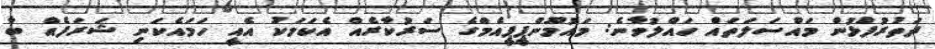
ދަތުރުފުޅުން މައްސަލަތައް ހައްލުވާނެ: މައުމޫންޕީޕީއެމްގެ ސަރުކާރެއް އެކަމަކު އެއީ ހަމައެކަނި ޝަރަފެއް ބާ